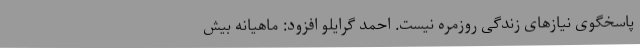
پاسخگوی نیازهای زندگی روزمره نیست. احمد گرایلو افزود: ماهیانه بیش